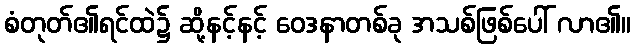
စံတုတ်၏ရင်ထဲ၌ ဆို့နင့်နင့် ဝေဒနာတစ်ခု အသစ်ဖြစ်ပေါ် လာ၏။